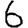
Digit: 6